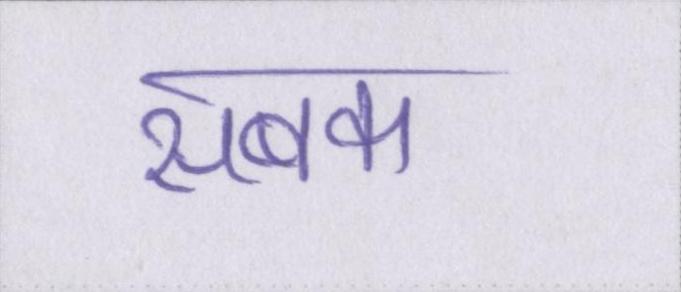
सबक